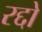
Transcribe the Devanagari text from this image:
रद्दो